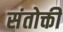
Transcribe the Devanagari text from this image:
संतोक्ती